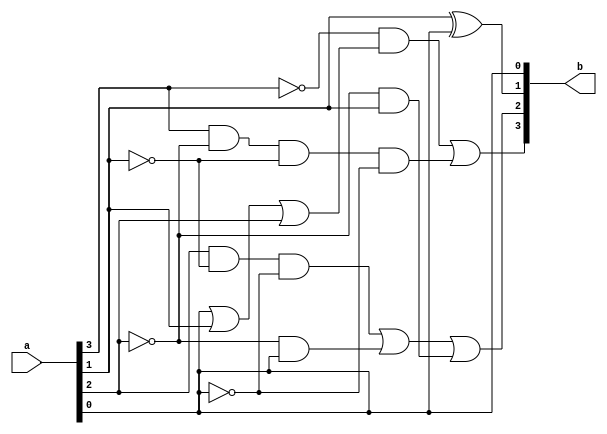

module complementor_2s( input [3:0] a,output [3:0] b);
 
 assign b[0] = a[0];
 
 assign b[1] = a[1] ^ b[0];
 
 assign b[2] = a[2]&~a[1]&~a[0] | ~a[2]&a[0] | ~a[2]&a[1];
 
 assign b[3] = ~a[3]&(a[0] | a[1] | a[2]) | a[3]&~a[2]&~a[1]&~a[0];
 
endmodule